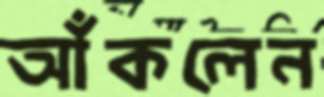
আঁকলেন